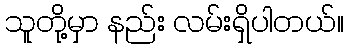
သူတို့မှာ နည်း လမ်းရှိပါတယ်။